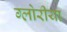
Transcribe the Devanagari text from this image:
ग्लोरीया